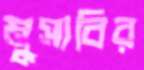
মুসাবির